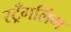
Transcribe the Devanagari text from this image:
स्ट्रँगलिंग